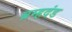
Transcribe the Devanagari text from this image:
ब्रम्हदंड